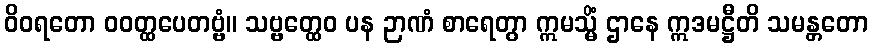
ဝိဝရတော ဝဝတ္ထပေတဗ္ဗံ။ သဗ္ဗတ္ထေဝ ပန ဉာဏံ စာရေတွာ ဣမသ္မိံ ဌာနေ ဣဒမဋ္ဌီတိ သမန္တတော